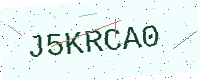
Text: J5KRCA0